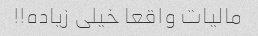
مالیات واقعا خیلی زیاده!!